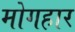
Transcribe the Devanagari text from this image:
मोगहार